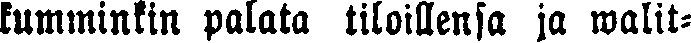
kumminkin palata tiloillensa ja walit-